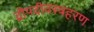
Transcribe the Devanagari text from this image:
द्रौपदीवस्त्रहरण